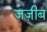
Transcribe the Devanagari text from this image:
जज़ीब